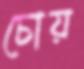
চোয়